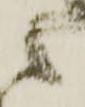
候